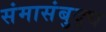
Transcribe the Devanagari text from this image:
संमासंबुद्ध